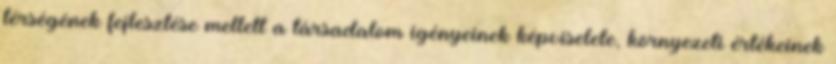
térségének fejlesztése mellett a társadalom igényeinek képviselete, környezeti értékeinek